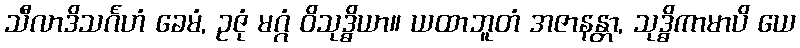
သီလာဒိသင်္ဂဟံ ခေမံ, ဥဇုံ မဂ္ဂံ ဝိသုဒ္ဓိယာ။ ယထာဘူတံ အဇာနန္တာ, သုဒ္ဓိကာမာပိ ယေ